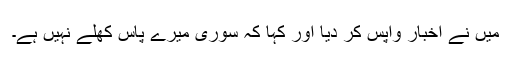
میں نے اخبار واپس کر دیا اور کہا کہ سوری میرے پاس کھلے نہیں ہے۔